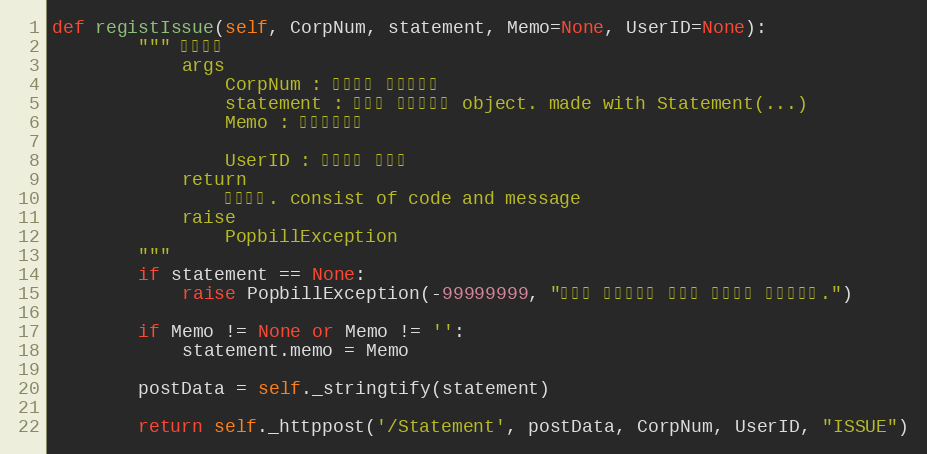
Language: Python
def registIssue(self, CorpNum, statement, Memo=None, UserID=None):
        """ 즉시발행
            args
                CorpNum : 팝빌회원 사업자번호
                statement : 등록할 전자명세서 object. made with Statement(...)
                Memo : 즉시발행메모

                UserID : 팝빌회원 아이디
            return
                처리결과. consist of code and message
            raise
                PopbillException
        """
        if statement == None:
            raise PopbillException(-99999999, "등록할 전자명세서 정보가 입력되지 않았습니다.")

        if Memo != None or Memo != '':
            statement.memo = Memo

        postData = self._stringtify(statement)

        return self._httppost('/Statement', postData, CorpNum, UserID, "ISSUE")